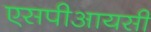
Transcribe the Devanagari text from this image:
एसपीआयसी